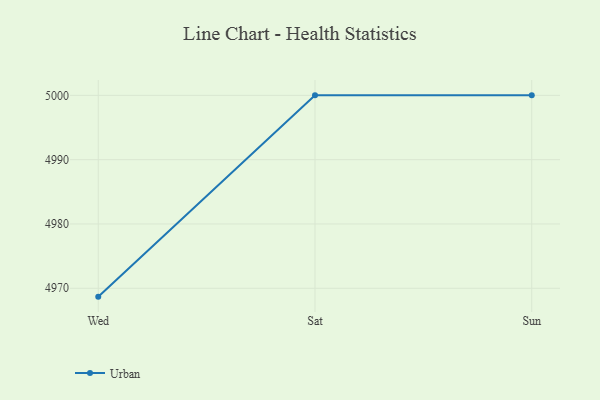
{"axis": {"x": "Day", "y": "Shipments"}, "legend": ["Urban"], "data": [{"x": "Wed", "y": 4968.7, "type": "Urban"}, {"x": "Sat", "y": 5000, "type": "Urban"}, {"x": "Sun", "y": 5000, "type": "Urban"}]}